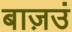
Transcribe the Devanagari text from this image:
बाज़उं